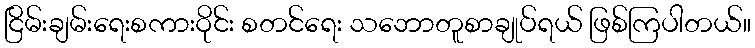
ငြိမ်းချမ်းရေးစကားဝိုင်း စတင်ရေး သဘောတူစာချုပ်ရယ် ဖြစ်ကြပါတယ်။